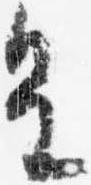
皇